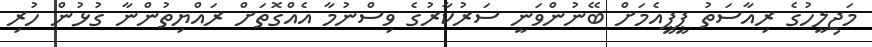
މަޖިލީހުގެ ރިއާސަތު ޕީޕީއެމަށް ބޭނުންވަނީ ސަރުކާރުގެ ވިސްނުމާ އެއްގޮތަށް ރައްޔިތުންނާ ގުޅުން ހުރި